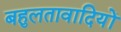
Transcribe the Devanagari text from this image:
बहुलतावादियों